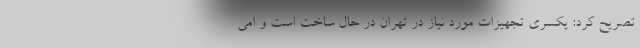
تصریح کرد: یکسری تجهیزات مورد نیاز در تهران در حال ساخت است و امی